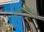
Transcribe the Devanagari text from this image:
अणुभारवाले